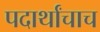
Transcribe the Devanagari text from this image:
पदार्थांचाच